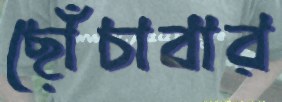
ছোঁচাবার